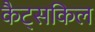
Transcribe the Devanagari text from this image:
कैट्सकिल